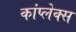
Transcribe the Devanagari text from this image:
कांप्लेक्स